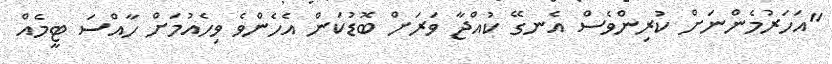
"އަހަރުމެންނަށް ކުރިންވެސް އެނގޭ ކުއްޖާ ވަރަށް ބޮޑުކަން އެހެންވެ ވިހެއުމަށް ހާއްސަ ޓީމެއް